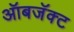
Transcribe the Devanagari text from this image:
ऑबजॅक्ट